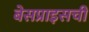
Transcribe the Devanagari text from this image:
बेसप्राइसची